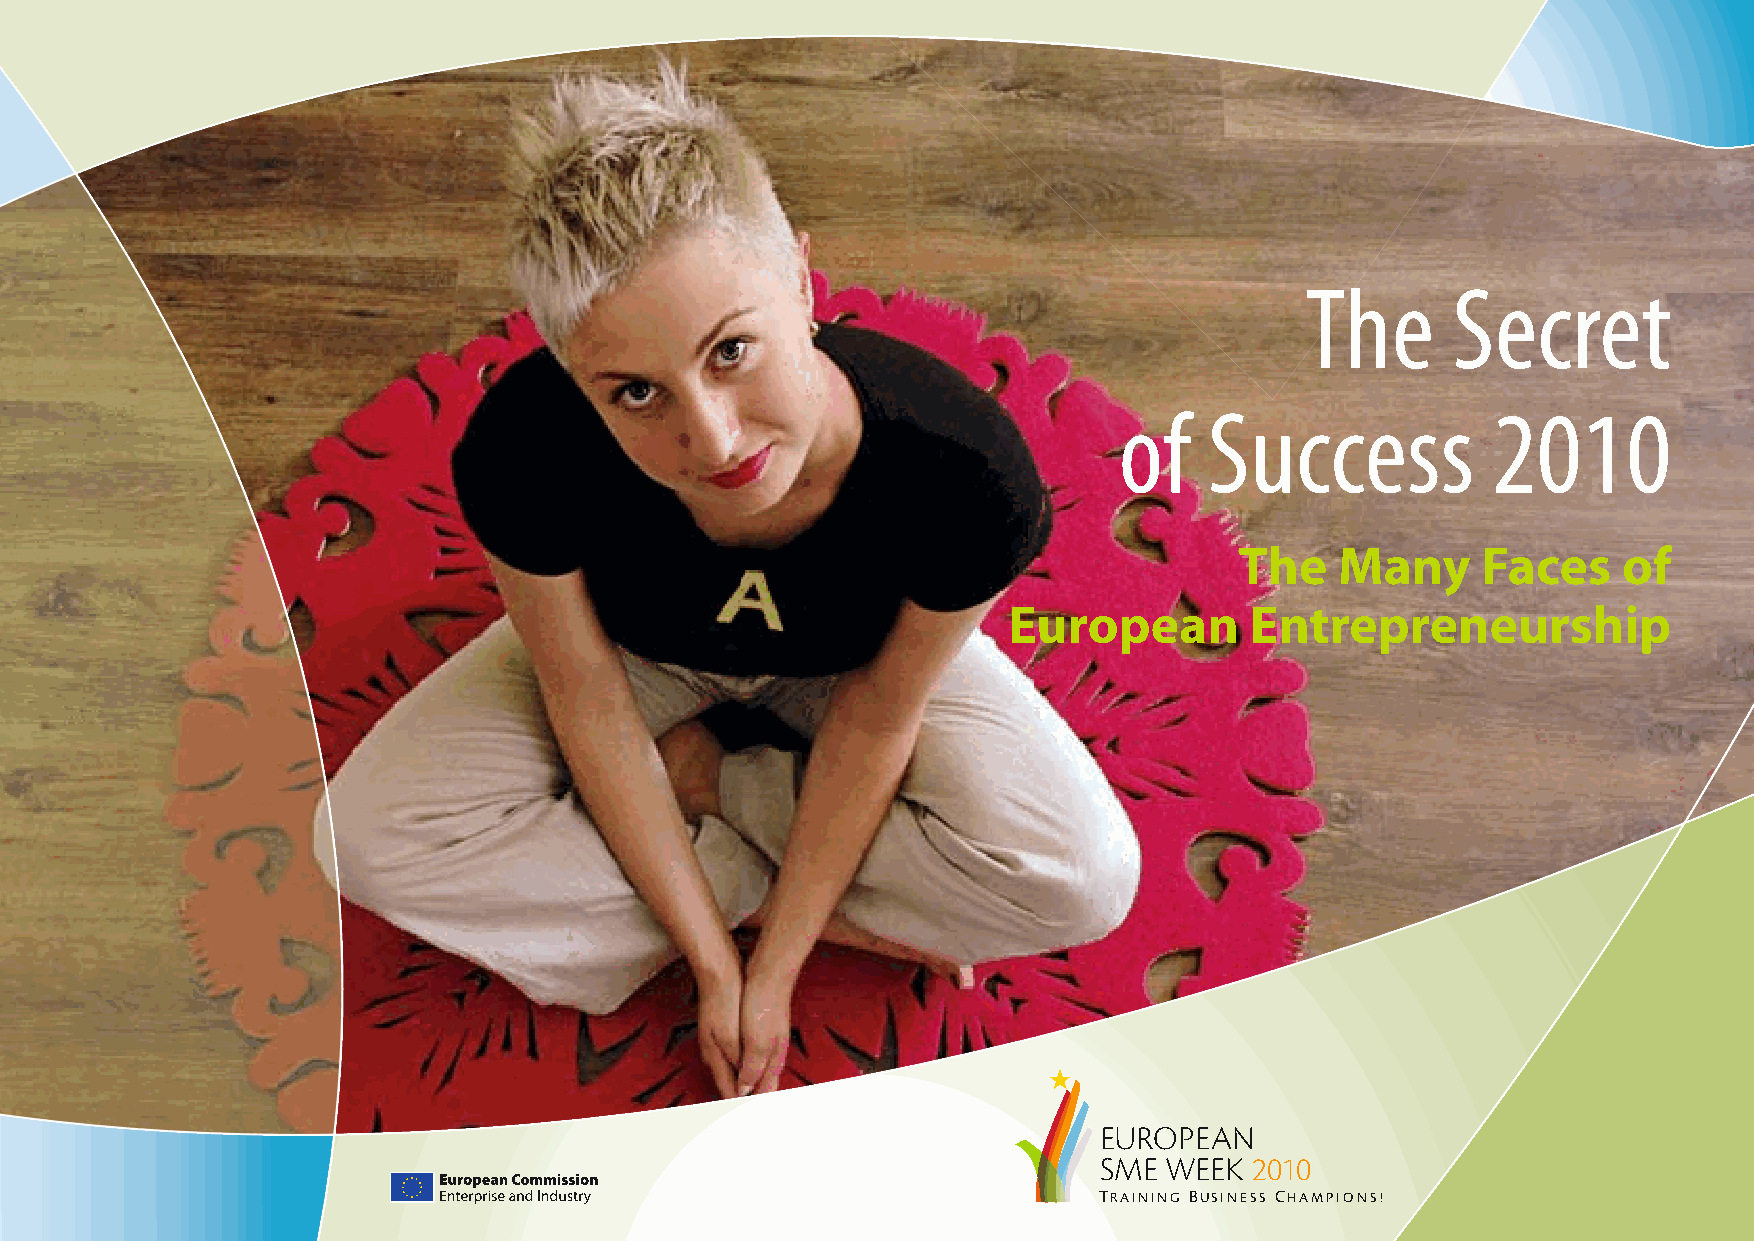
The       Secret
 of    Success            2010
 The    Many     Faces    of
 European        Entrepreneurship
 EUROPEAN
 SME WEEK  2010
 TRAINING BUSINESS CHAMPIONS!
 100426_SMEweek_broch_A4quer_hw.indd U1                                                                   27.04.2010 9:11:17 Uhr